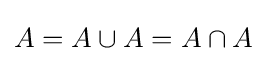
A=A\cup A=A\cap A